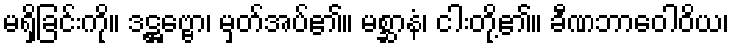
မရှိခြင်းကို။ ဒဋ္ဌဗ္ဗော၊ မှတ်အပ်၏။ မစ္ဆာနံ၊ ငါးတို့၏။ ခီဏဘာဝေါဝိယ၊